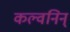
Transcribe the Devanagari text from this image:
कल्वनिन्